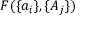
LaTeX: F ( \{ a _ { i } \} , \{ A _ { j } \} )